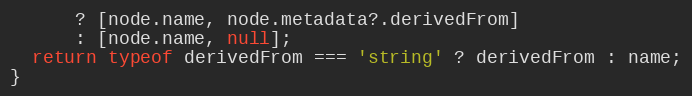
Language: JavaScript
      ? [node.name, node.metadata?.derivedFrom]
      : [node.name, null];
  return typeof derivedFrom === 'string' ? derivedFrom : name;
}